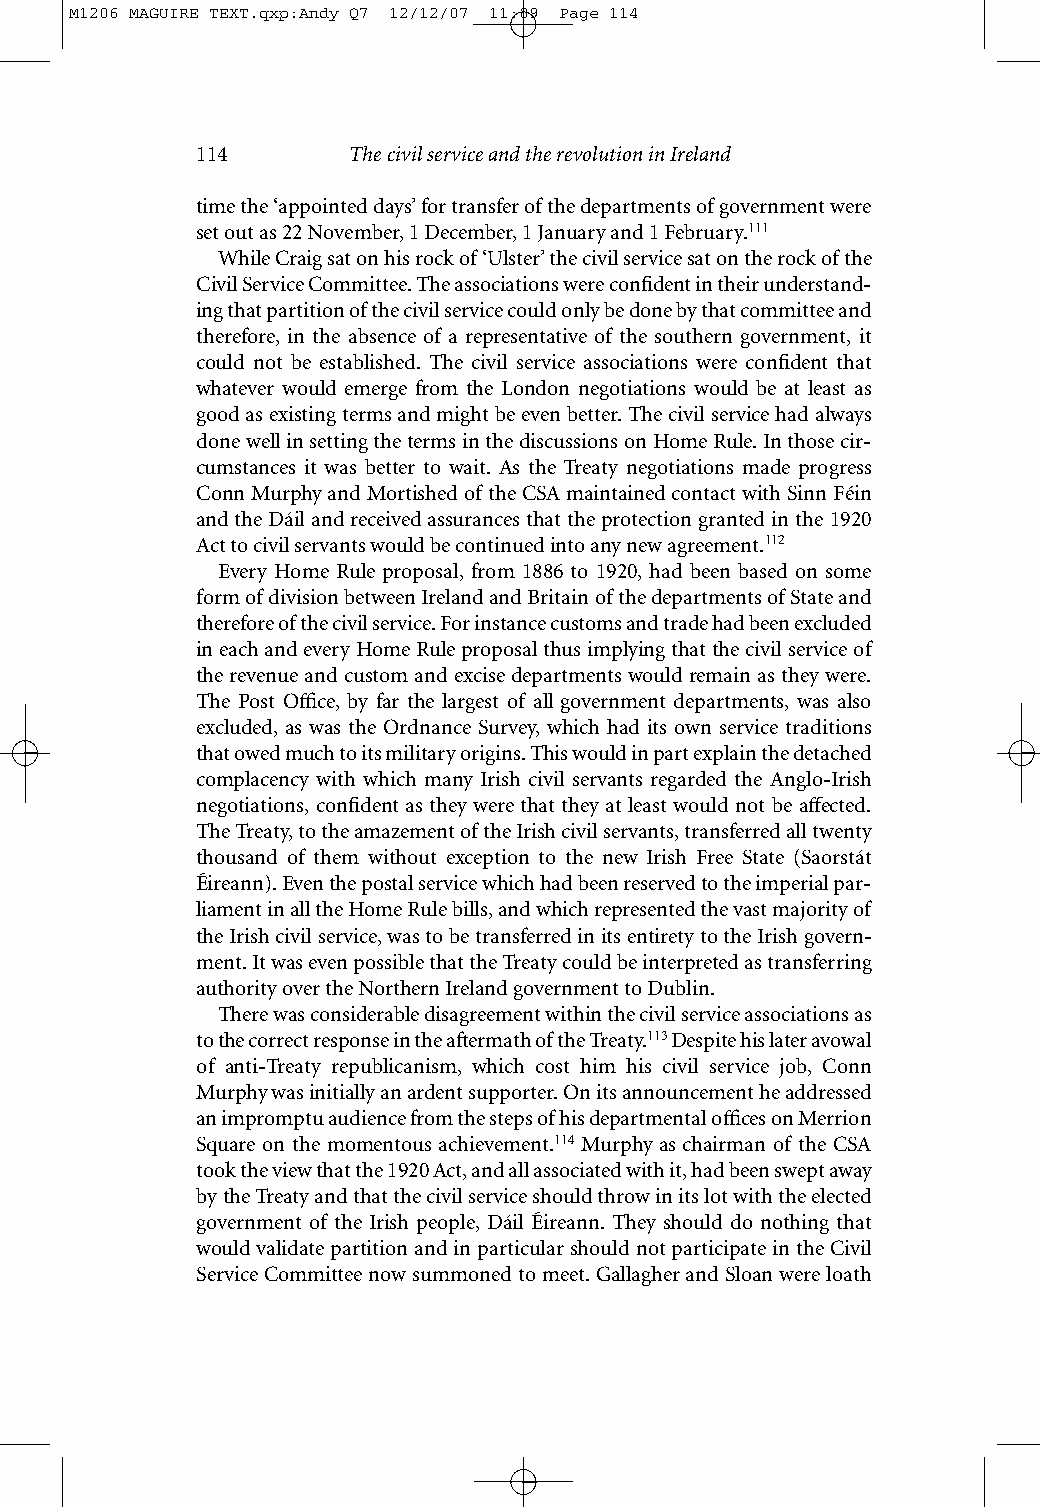
M1206 MAGUIRE TEXT.qxp:Andy Q7 12/12/07 11:09 Page 114
 114       The civil service and the revolution in Ireland
 time the ‘appointed days’ for transfer of the departments of government were
 set out as 22 November, 1 December, 1 January and 1 February.111
 While Craig sat on his rock of ‘Ulster’ the civil service sat on the rock of the
 Civil Service Committee. The associations were confident in their understand-
 ing that partition of the civil service could only be done by that committee and
 therefore, in the absence of a representative of the southern government, it
 could not be established. The civil service associations were confident that
 whatever would emerge from the London negotiations would be at least as
 good as existing terms and might be even better. The civil service had always
 done well in setting the terms in the discussions on Home Rule. In those cir-
 cumstances it was better to wait. As the Treaty negotiations made progress
 Conn Murphy and Mortished of the CSA maintained contact with Sinn Féin
 and the Dáil and received assurances that the protection granted in the 1920
 Act to civil servants would be continued into any new agreement.112
 Every Home Rule proposal, from 1886 to 1920, had been based on some
 form of division between Ireland and Britain of the departments of State and
 therefore of the civil service. For instance customs and trade had been excluded
 in each and every Home Rule proposal thus implying that the civil service of
 the revenue and custom and excise departments would remain as they were.
 The Post Office, by far the largest of all government departments, was also
 excluded, as was the Ordnance Survey, which had its own service traditions
 that owed much to its military origins. This would in part explain the detached
 complacency with which many Irish civil servants regarded the Anglo-Irish
 negotiations, confident as they were that they at least would not be affected.
 The Treaty, to the amazement of the Irish civil servants, transferred all twenty
 thousand of them without exception to the new Irish Free State (Saorstát
 Éireann). Even the postal service which had been reserved to the imperial par-
 liament in all the Home Rule bills, and which represented the vast majority of
 the Irish civil service, was to be transferred in its entirety to the Irish govern-
 ment. It was even possible that the Treaty could be interpreted as transferring
 authority over the Northern Ireland government to Dublin.
 There was considerable disagreement within the civil service associations as
 to the correct response in the aftermath of the Treaty.113Despite his later avowal
 of anti-Treaty republicanism, which cost him his civil service job, Conn
 Murphy was initially an ardent supporter. On its announcement he addressed
 an impromptu audience from the steps of his departmental offices on Merrion
 Square on the momentous achievement.114 Murphy as chairman of the CSA
 took the view that the 1920 Act, and all associated with it, had been swept away
 by the Treaty and that the civil service should throw in its lot with the elected
 government of the Irish people, Dáil Éireann. They should do nothing that
 would validate partition and in particular should not participate in the Civil
 Service Committee now summoned to meet. Gallagher and Sloan were loath